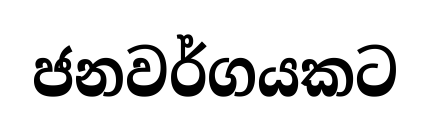
ජනවර්ගයකට